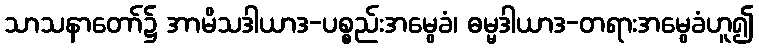
သာသနာတော်၌ အာမိသဒါယာဒ-ပစ္စည်းအမွေခံ၊ ဓမ္မဒါယာဒ-တရားအမွေခံဟူ၍